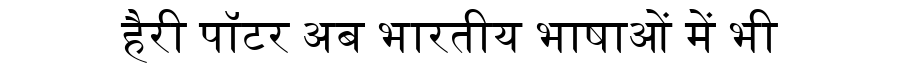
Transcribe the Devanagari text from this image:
हैरी पॉटर अब भारतीय भाषाओं में भी